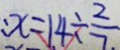
: x = 1 4 \div \frac { 2 } { 7 }